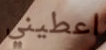
اعطيني